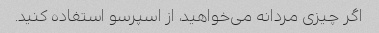
اگر چیزی مردانه می‌خواهید، از اسپرسو استفاده کنید.